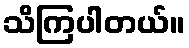
သိကြပါတယ်။